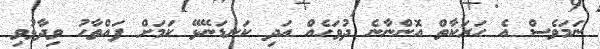
ނަމަވެސް އެ ހަރަކާތް އޮންނާނެ ދުވަހެއް އަދި ކަނޑަނޭޅޭ ކަމަށް ފައްތާހު ވިދާޅުވި